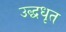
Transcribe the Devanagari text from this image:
उद्धधृत